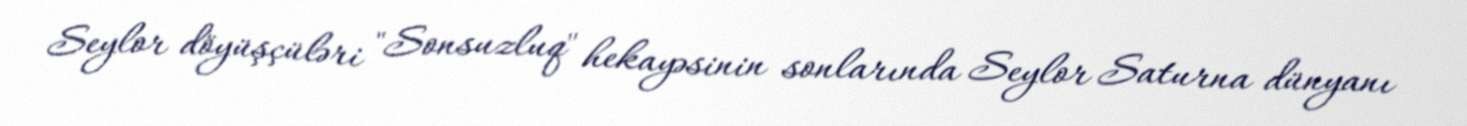
Seylor döyüşçüləri "Sonsuzluq" hekayəsinin sonlarında Seylor Saturna dünyanı